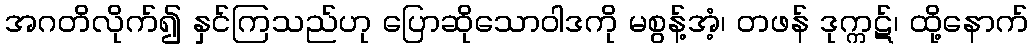
အဂတိလိုက်၍ နှင်ကြသည်ဟု ပြောဆိုသောဝါဒကို မစွန့်အံ့၊ တဖန် ဒုက္ကဋ်၊ ထို့နောက်